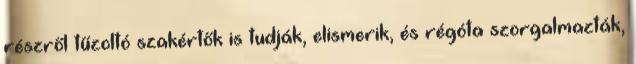
részről tűzoltó szakértők is tudják, elismerik, és régóta szorgalmazták,